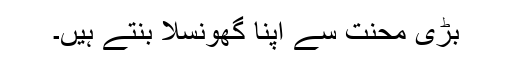
بڑی محنت سے اپنا گھونسلا بُنتے ہیں۔